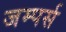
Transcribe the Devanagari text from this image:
जम्पर्स